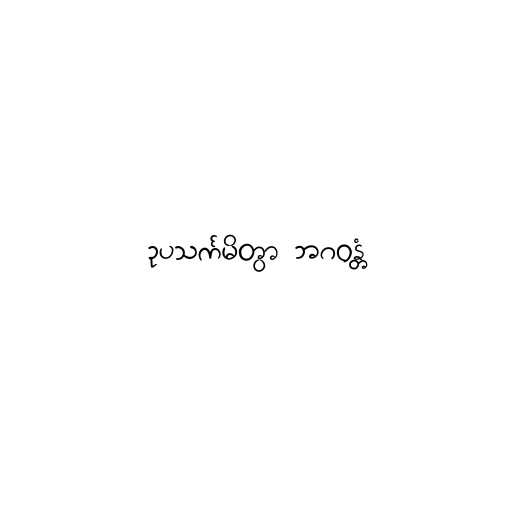
ဥပသင်္ကမိတွာ ဘဂဝန္တံ